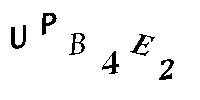
UPB4E2